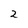
Character: 2